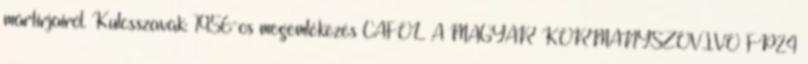
mártírjairól. Kulcsszavak: 1956-os megemlékezés CÁFOL A MAGYAR KORMÁNYSZÓVIVŐ FP24